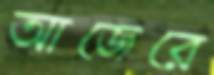
আজেরে